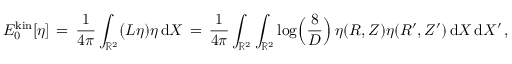
E _ { 0 } ^ { \mathrm { k i n } } [ \eta ] \, = \, \frac { 1 } { 4 \pi } \int _ { \mathbb { R } ^ { 2 } } \bigl ( L \eta ) \eta \, \mathrm { d } X \, = \, \frac { 1 } { 4 \pi } \int _ { \mathbb { R } ^ { 2 } } \int _ { \mathbb { R } ^ { 2 } } \log \Bigl ( \frac { 8 } { D } \Bigr ) \, \eta ( R , Z ) \eta ( R ^ { \prime } , Z ^ { \prime } ) \, \mathrm { d } X \, \mathrm { d } X ^ { \prime } \, ,